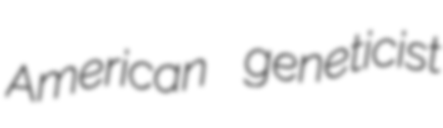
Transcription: American geneticist